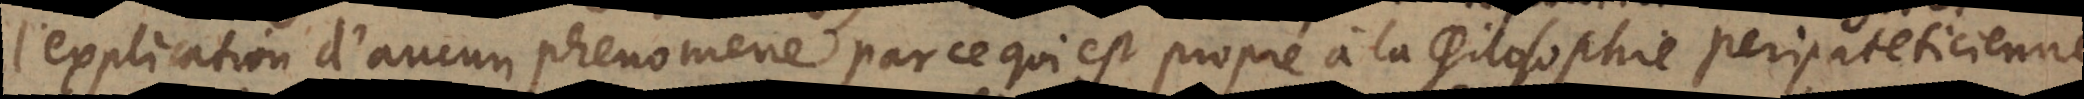
l’explication d’aucun phenomene par ce qui est propre à la philosophie peripateticienne;